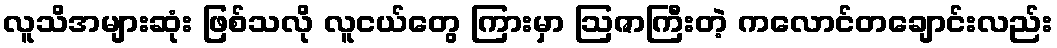
လူသိအများဆုံး ဖြစ်သလို လူငယ်တွေ ကြားမှာ ဩဇာကြီးတဲ့ ကလောင်တချောင်းလည်း